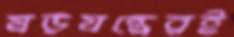
ষড়যন্ত্রেরই